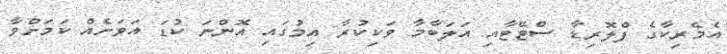
އެމެރިކާގެ ފްލޮރިޑާ ސްޓޭޓާއި އަލަބާމާ ވަކިކުރާ އިމުގައި އޮންނަ ކުޑަ އަވަށެއް ކަމަށްވާ